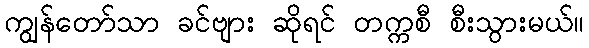
ကျွန်တော်သာ ခင်ဗျား ဆိုရင် တက္ကစီ စီးသွားမယ်။